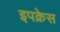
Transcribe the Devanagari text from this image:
इपक्रेस